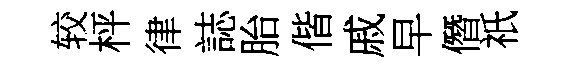
较枰律誌胎偕戚早僭祇